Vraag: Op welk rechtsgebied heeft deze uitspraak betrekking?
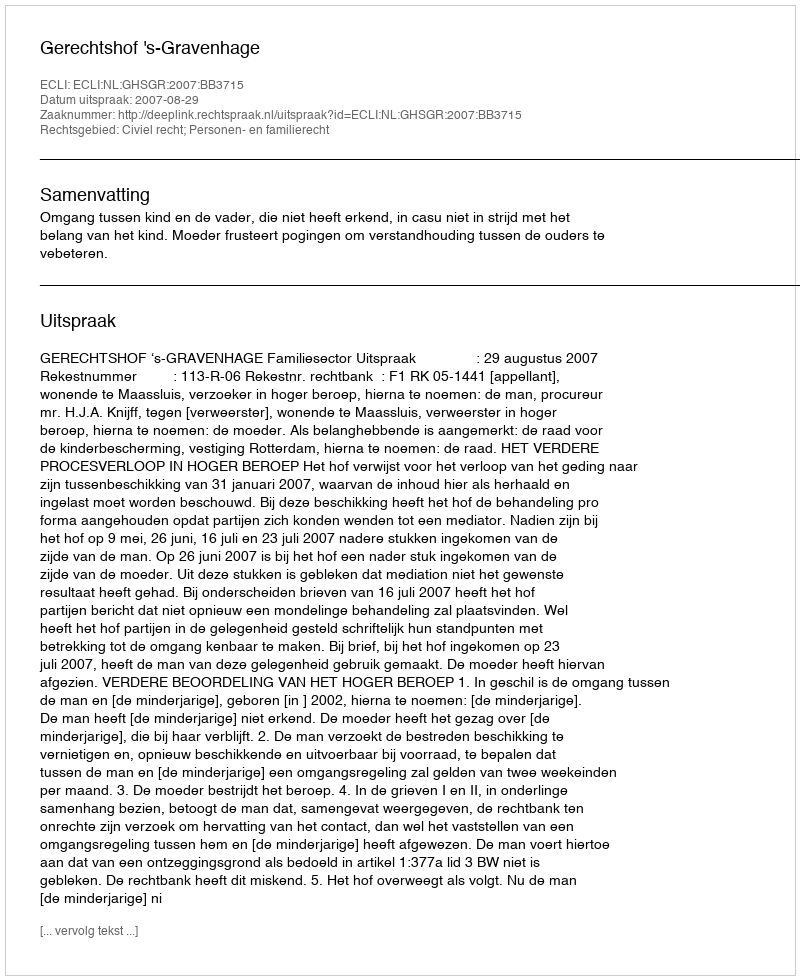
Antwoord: Civiel recht; Personen- en familierecht